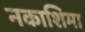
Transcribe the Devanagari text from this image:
नकाशिमा